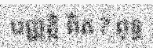
បញ្ញត្តិ ពិត ? ពុទ្ធ